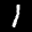
Label: 1